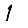
Digit: 1